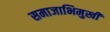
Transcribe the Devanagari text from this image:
समाजाभिमुखी